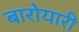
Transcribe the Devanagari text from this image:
बारोयारी